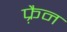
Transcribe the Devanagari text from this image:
फ़्रैन